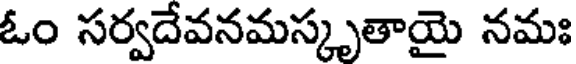
ఓం సర్వదేవనమస్కృతాయై నమః